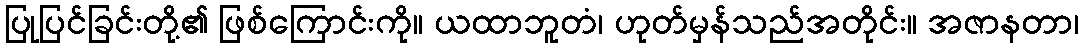
ပြုပြင်ခြင်းတို့၏ ဖြစ်ကြောင်းကို။ ယထာဘူတံ၊ ဟုတ်မှန်သည်အတိုင်း။ အဇာနတာ၊